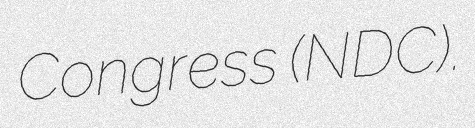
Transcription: Congress (NDC).